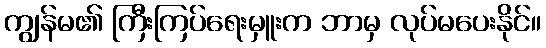
ကျွန်မ၏ ကြီးကြပ်ရေးမှူးက ဘာမှ လုပ်မပေးနိုင်။